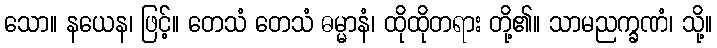
သော။ နယေန၊ ဖြင့်။ တေသံ တေသံ ဓမ္မာနံ၊ ထိုထိုတရား တို့၏။ သာမညက္ခဏံ၊ သို့။